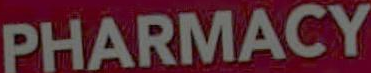
PHARMACY